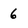
Character: 6